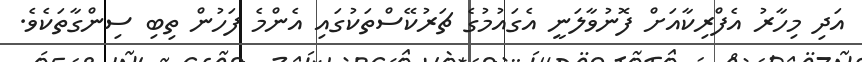
އަދި މިހާރު އެފްރިކާއަށް ފޮނުވާލަނީ އެގައުމުގެ ޗަރުކޭސްތަކުގައި އެންމެ ފަހުން ތިބި ސިންގާތަކެވެ.